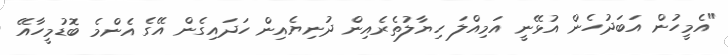
"އެމީހުން އަބަދުހެން އުޅޭނީ އަމިއްލަ ހިޔާލުތެރެއިން ދުނިޔެއިން ހަދައިގެން އޭގެ އެންމެ ބޮޑުމީހާއޭ